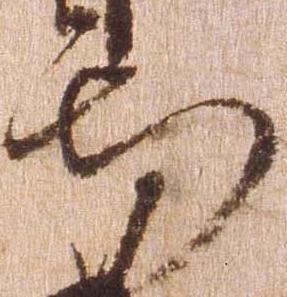
知